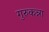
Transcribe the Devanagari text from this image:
गुरुकन्ना